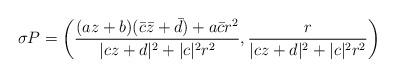
LaTeX: \begin{align*}\sigma P=\left(\frac{(az+b)(\bar c\bar z+\bar d)+a\bar cr^2}{|cz+d|^2+|c|^2r^2},\frac{r}{|cz+d|^2+|c|^2r^2}\right)\end{align*}